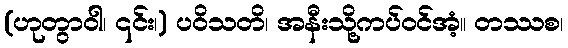
(ဟုတွာဝါ၊ ၎င်း၊) ပဝိသတိ၊ အနီးသို့ကပ်ဝင်အံ့။ တဿစ၊